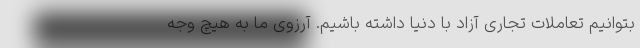
بتوانیم تعاملات تجاری آزاد با دنیا داشته باشیم. آرزوی ما به هیچ وجه